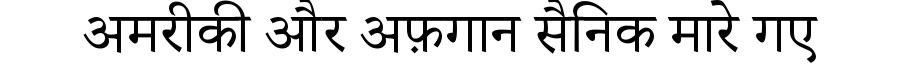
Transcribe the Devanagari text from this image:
अमरीकी और अफ़गान सैनिक मारे गए